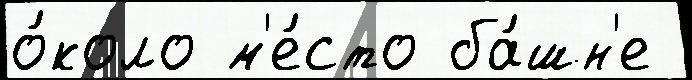
о́коло м'е́сто ба́шн'е